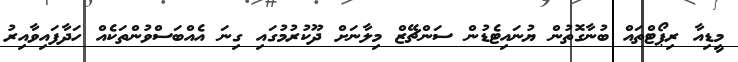
މީޑިއާ ރިޕޯޓްތައް ބުނާގޮތުން ޔުނައިޓެޑުން ސަންޗޭޒް މިލާނަށް ދޫކުރުމުގައި ގިނަ އެއްބަސްވުންތަކެއް ހަދާފައިވާއިރު